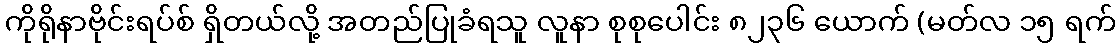
ကိုရိုနာဗိုင်းရပ်စ် ရှိတယ်လို့ အတည်ပြုခံရသူ လူနာ စုစုပေါင်း ၈၂၃၆ ယောက် (မတ်လ ၁၅ ရက်